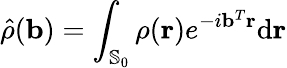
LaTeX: \hat{\rho}(\mathbf{b})=\int_{\mathbb{S}_{0}}\rho(\mathbf{r})e^{-i\mathbf{b}^{T}\mathbf{r}}\mathrm{d}\mathbf{r}